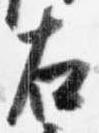
右